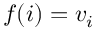
f ( i ) = v _ { i }